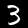
Digit: 3